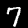
Label: 7